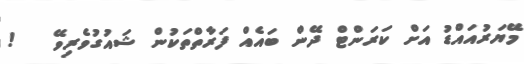
މޭޔަރުއައްޑު އަށް ކަރަންޓް ދޭން ބައެއް ފަރާތްތަކުން ޝައުގުވެރިވޭ   !